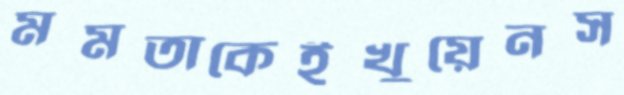
মমতাকেইখুয়েনস